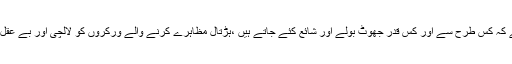
تاہم مسئلہ یہ نہیں ہے کہ کس طرح سے اور کس قدر جھوٹ بولے اور شائع کئے جاتے ہیں ،ہڑتال مظاہرے کرنے والے ورکروں کو لالچی اور بے عقل کہااور لکھا جاتاہے۔